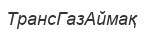
ТрансГазАймақ